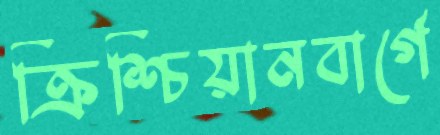
ক্রিশ্চিয়ানবার্গে